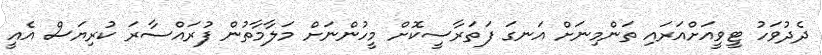
ދެދުވަހު ޓީވީއަށްއަރައި ތަންމިނަށް އަނގަ ފަތަރާސީކޮށް މީހުންނަށް މަލާމާތުން ފުރައްސާރަ ކުރިޔަސް އެއީ